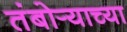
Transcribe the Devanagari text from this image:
तंबोर्‍याच्या